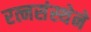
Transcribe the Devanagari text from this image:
रत्नसंस्थेने